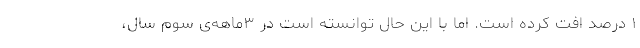
۱ درصد افت کرده است. اما با این حال توانسته است در ۳ماهه‌ی سوم سال،